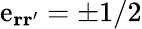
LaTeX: \mathrm{e}_{\mathbf{{r}}\mathbf{{r}}^{\prime}}=\pm1/2